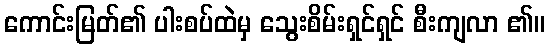
ကောင်းမြတ်၏ ပါးစပ်ထဲမှ သွေးစိမ်းရှင်ရှင် စီးကျလာ ၏။